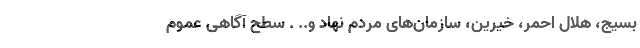
بسیج، هلال احمر، خیرین، سازمان‌های مردم نهاد و.. . سطح آگاهی عموم